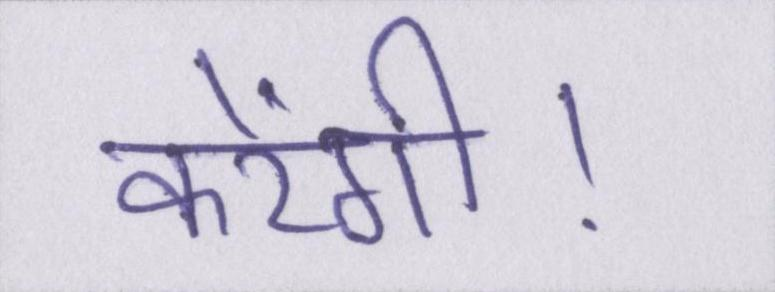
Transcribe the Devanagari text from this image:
करेंगी।